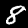
Digit: 8